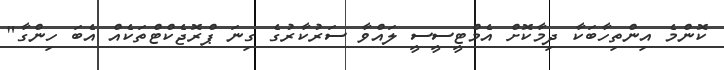
ކޮންމެ އިންތިހާބަކާ ދިމާކޮށް އެމްޓީސީސީ ލައްވާ ސަރުކާރުގެ ގިނަ ޕްރޮޖެކްޓްތަކެއް އެބަ ހިންގާ"